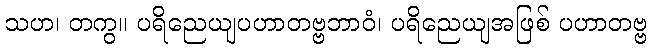
သဟ၊ တကွ။ ပရိညေယျပဟာတဗ္ဗဘာဝံ၊ ပရိညေယျအဖြစ် ပဟာတဗ္ဗ